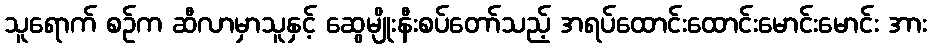
သူရောက် စဉ်က ဆီလာမှာသူနှင့် ဆွေမျိုးနီးစပ်တော်သည့် အရပ်ထောင်းထောင်းမောင်းမောင်း အား